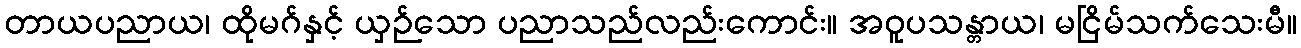
တာယပညာယ၊ ထိုမဂ်နှင့် ယှဉ်သော ပညာသည်လည်းကောင်း။ အဝူပသန္တာယ၊ မငြိမ်သက်သေးမီ။